Lunatic asylums Burma 1907-21 - 1907-1921
Year: 1907
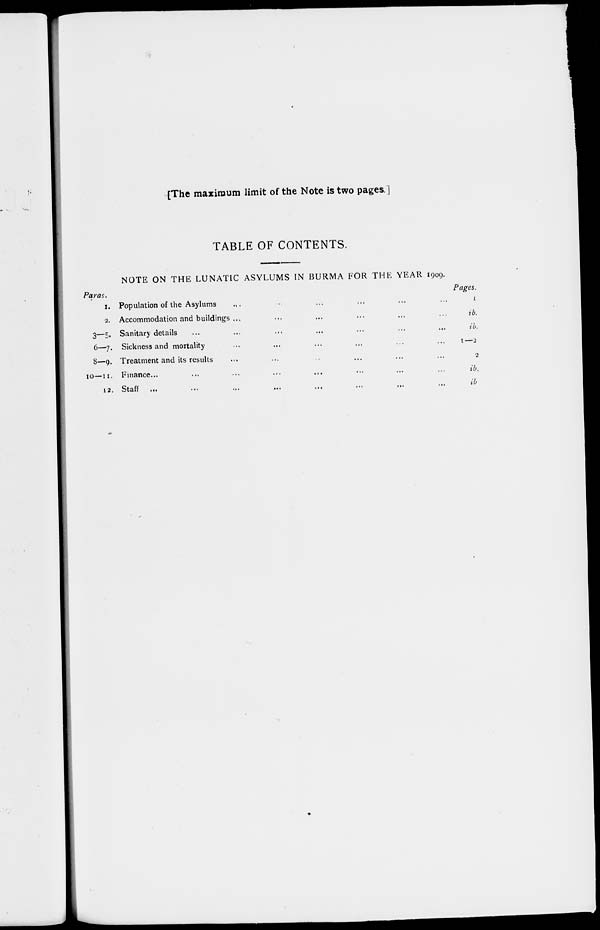
[The maximum limit of the Note is two pages]
TABLE OF CONTENTS.
NOTE ON THE LUNATIC ASYLUMS IN BURMA FOR THE YEAR 1909.
Paras.
1.
2.
3—5.
6-7.
8-9.
10—11.
12.
Population of the Asylums ... ... ... ... ... ...
Accommodation and buildings ... ... ... ... ... ...
Sanitary details ... ... ... ... ... ... ...
Sickness and mortality ... ... ... ... ... ...
Treatment and its results ... ... ... ... ... ...
Finance... ... ... ... ... ... ... ...
Staff
...
...
...
...
...
...
...
...
Pages.
1
ib.
ib.
1—2
2
ib.
ib